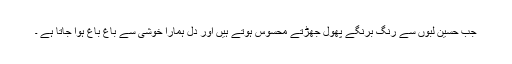
جب حسین لبوں سے رنگ برنگے پھول جھڑتے محسوس ہوتے ہیں اور دل ہمارا خوشی سے باغ باغ ہوا جاتا ہے ۔